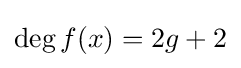
\deg f(x)=2g+2